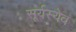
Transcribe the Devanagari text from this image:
सूर्यस्येव